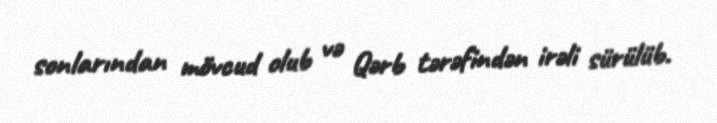
sonlarından mövcud olub və Qərb tərəfindən irəli sürülüb.